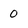
Character: 0